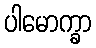
ပါမောက္ခာ